Sanitation, dispensaries and jails vaccination Rajputana 1922-1927 - 1922-1927
Year: 1922
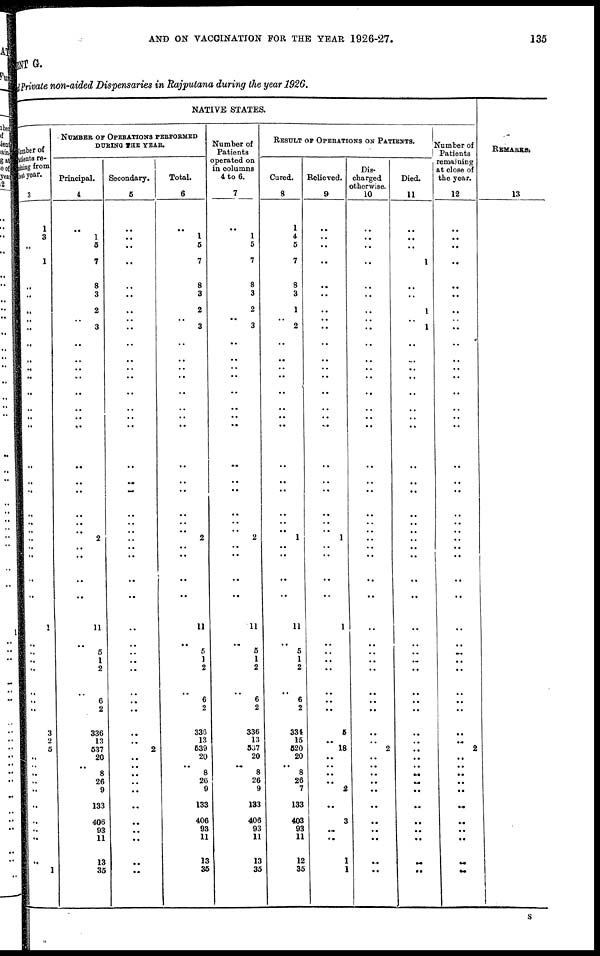
AND ON VACCINATION FOR THE YEAR 1926-27.
135
MENT G.
Private non-aided Dispensaries in Rajputana during the year 1926.
NATIVE STATES.
Number of
Patients re¬
maining from
last year.
3
1
3
..
1
..
..
..
..
..
..
..
..
..
..
..
..
..
..
..
..
..
..
..
..
..
..
..
1
..
..
..
..
..
..
..
3
2
5
..
..
..
..
..
..
..
..
..
..
1
NUMBER OF OPERATIONS PERFORMED
DURING THE YEAR.
Principal.
4
..
1
5
7
8
3
2
.. 3
..
..
..
..
..
..
..
..
..
..
..
..
..
2
..
..
..
..
11
..
5
1
2
..
6
2
336
13
537
20
.. 8
26
9
133
406
93
11
13
35
Secondary.
5
..
..
..
..
..
..
..
..
..
..
..
..
..
..
..
..
..
..
..
..
..
..
..
..
..
..
..
..
..
..
..
..
..
..
..
..
..
2
..
..
..
..
..
..
..
..
..
..
..
Total.
6
..
1
5
7
8
3
2
.. 3
..
..
..
..
..
..
..
..
..
..
..
..
..
2
..
..
..
..
11
..
5
1
2
..
6
2
336
13
539
20
.. 8
26
9
133
406
93
11
13
35
Number of
Patients
operated on
in columns
4 to 6.
7
..
1
5
7
8
3
2
..
3
..
..
..
..
..
..
..
..
..
..
..
..
..
2
..
..
..
..
11
..
5
1
2
..
6
2
336
13
537
20
.. 8
26
9
133
406
93
11
13
35
RESULT OF OPERATIONS ON PATIENTS.
Cured.
8
1
4
5
7
8
3
1
..
2
..
..
..
..
..
..
..
..
..
..
..
..
..
1
..
..
..
..
11
..
5
1
2
..
6
2
334
15
520
20
.. 8
26
7
133
403
93
11
12
35
Relieved.
9
..
..
..
..
..
..
..
.. ..
..
..
..
..
..
..
..
..
..
..
..
..
..
1
..
..
..
..
1
..
..
..
..
..
..
..
5
..
18
..
..
..
..
2
..
3
..
..
1
1
Dis-
charged
otherwise.
10
..
..
..
..
..
..
..
.. ..
..
..
..
..
..
..
..
..
..
..
..
..
..
..
..
..
..
..
..
..
..
..
..
..
..
..
..
..
2
..
..
..
..
..
..
..
..
..
..
..
Died.
11
..
..
..
1
..
..
1
..
1
..
..
.. ..
..
..
..
..
..
..
..
..
..
..
..
..
..
..
..
..
..
..
..
..
..
..
..
..
..
..
..
..
..
..
..
..
..
..
..
..
Number of
Patients
remaining
at close of
the year.
12
..
..
..
..
..
..
..
.. ..
..
..
..
..
..
..
..
..
..
..
..
..
..
..
..
..
..
..
..
..
..
..
..
..
..
..
..
..
2
..
..
..
..
..
..
..
..
..
..
..
REMARKS.
13
S